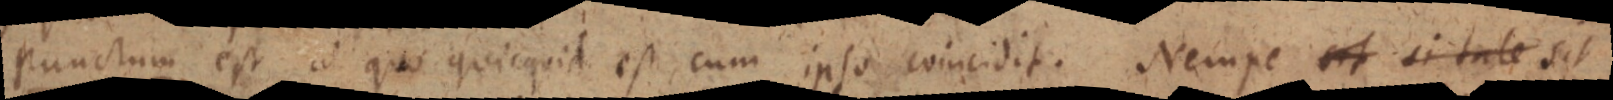
punctum est ad quo quicquid est, cum ipso coincidit. Nempe sit si tate sit